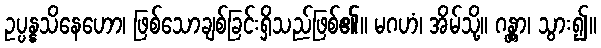
ဥပ္ပန္နသိနေဟော၊ ဖြစ်သောချစ်ခြင်းရှိသည်ဖြစ်၏။ မဂဟံ၊ အိမ်သို့။ ဂန္တွာ၊ သွား၍။